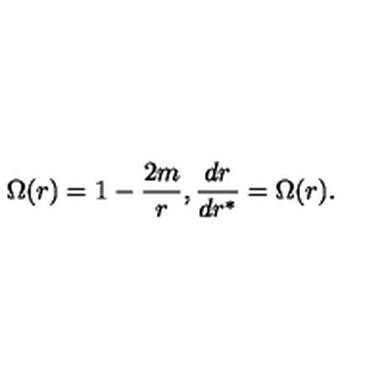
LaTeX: \Omega ( r ) = 1 - \frac { 2 m } { r } , \frac { d r } { d r ^ { \ast } } = \Omega ( r ) .